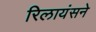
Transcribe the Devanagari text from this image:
रिलायंसने